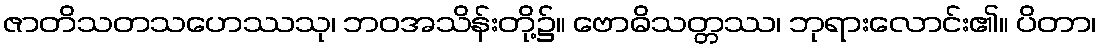
ဇာတိသတသဟေဿသု၊ ဘဝအသိန်းတို့၌။ ဗောဓိသတ္တဿ၊ ဘုရားလောင်း၏။ ပိတာ၊